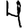
Digit: 4